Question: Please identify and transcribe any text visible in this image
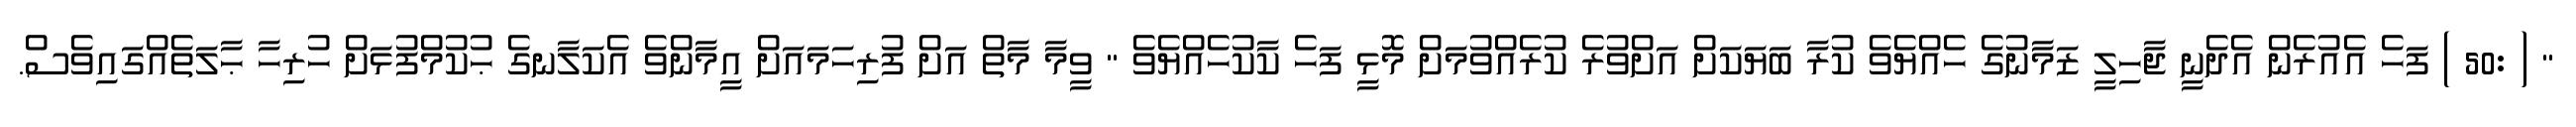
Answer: " ( :50 ) ފަހެ އެއުރެން އެދެނީ ޖާހިލީ ޒަމާނުގެ ހެއްޔެވެ ކުރާ ބަޔަކަށް އަށްވުރެ ކުރެއްވުމަށް މޮޅީ ފަހެ ކާކުހެއްޔެވެ " ވީމާ މާތް އަށް ފުރިހަމައަށް އީމާންވެ އެކަލާނގެ ޙުކުމްފުޅަށް ހުރިހާ ޙާލަތެއްގައިވެސް.